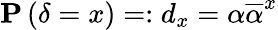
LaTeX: {\mathbf P}\left(\delta=x\right)=:d_{x}=\alpha\overline{{\alpha}}^{x}